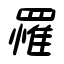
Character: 罹